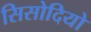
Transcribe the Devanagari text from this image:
सिसोदियो